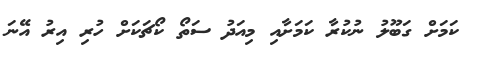
ކަމަށް ގަބޫލު ނުކުރާ ކަމަށާއި މިއަދު ސަތޯ ކޯޗަކަށް ހުރި އިރު އޭނަ